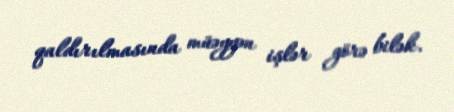
qaldırılmasında müəyyən işlər görə bilək.